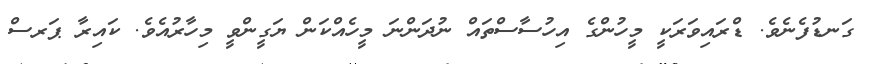
ގަނޑުފެނެވެ. ޑްރައިވަރަކީ މީހުންގެ އިހުސާސްތައް ނުދަންނަ މީހެއްކަން ޔަގީންވީ މިހާރުއެވެ. ކައިރާ ޕަރސް